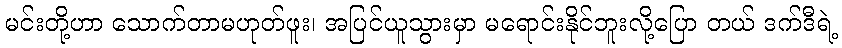
မင်းတို့ဟာ သောက်တာမဟုတ်ဖူး၊ အပြင်ယူသွားမှာ မရောင်းနိုင်ဘူးလို့ပြော တယ် ဒက်ဒီရဲ့